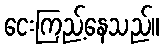
ငေးကြည့်နေသည်။